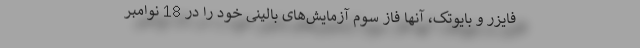
فایزر و بایوتک، آنها فاز سوم آزمایش‌های بالینی خود را در 18 نوامبر